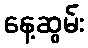
နေ့ဆွမ်း